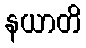
နယာတိ